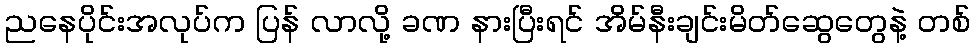
ညနေပိုင်းအလုပ်က ပြန် လာလို့ ခဏ နားပြီးရင် အိမ်နီးချင်းမိတ်ဆွေတွေနဲ့ တစ်